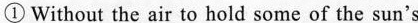
① Without the air to hold some of the sun's